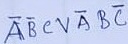
Text: ABCVABC